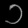
Digit: ၁